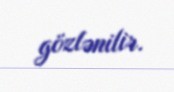
gözlənilir.